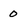
Character: o